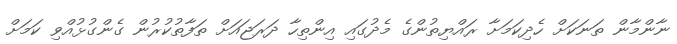
ނާންމާން ތަނަކަށް ހެދިކަމަށާ ރައްޔިތުންގެ މެދުގައި އިންތިހާ ދަރަޖައަށް ތަފާތުކުރުން ގެންގުޅުއްވި ކަމަށް